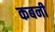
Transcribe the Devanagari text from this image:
कबनी